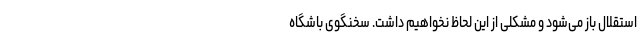
استقلال باز می‌شود و مشکلی از این لحاظ نخواهیم داشت. سخنگوی باشگاه